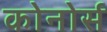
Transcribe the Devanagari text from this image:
कोनोर्स